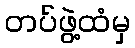
တပ်ဖွဲ့ထံမှ